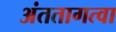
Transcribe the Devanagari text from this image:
अंततागत्वा